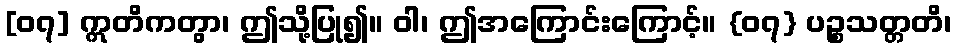
[၀၇] ဣတိကတွာ၊ ဤသို့ပြု၍။ ဝါ၊ ဤအကြောင်းကြောင့်။ {၀၇} ပဉ္စသတ္တတိ၊